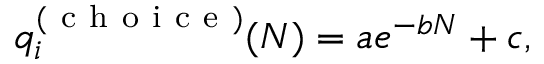
q _ { i } ^ { ( \mathrm { ~ c ~ h ~ o ~ i ~ c ~ e ~ } ) } ( N ) = a e ^ { - b N } + c ,